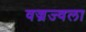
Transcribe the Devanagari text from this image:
वज्रज्वला